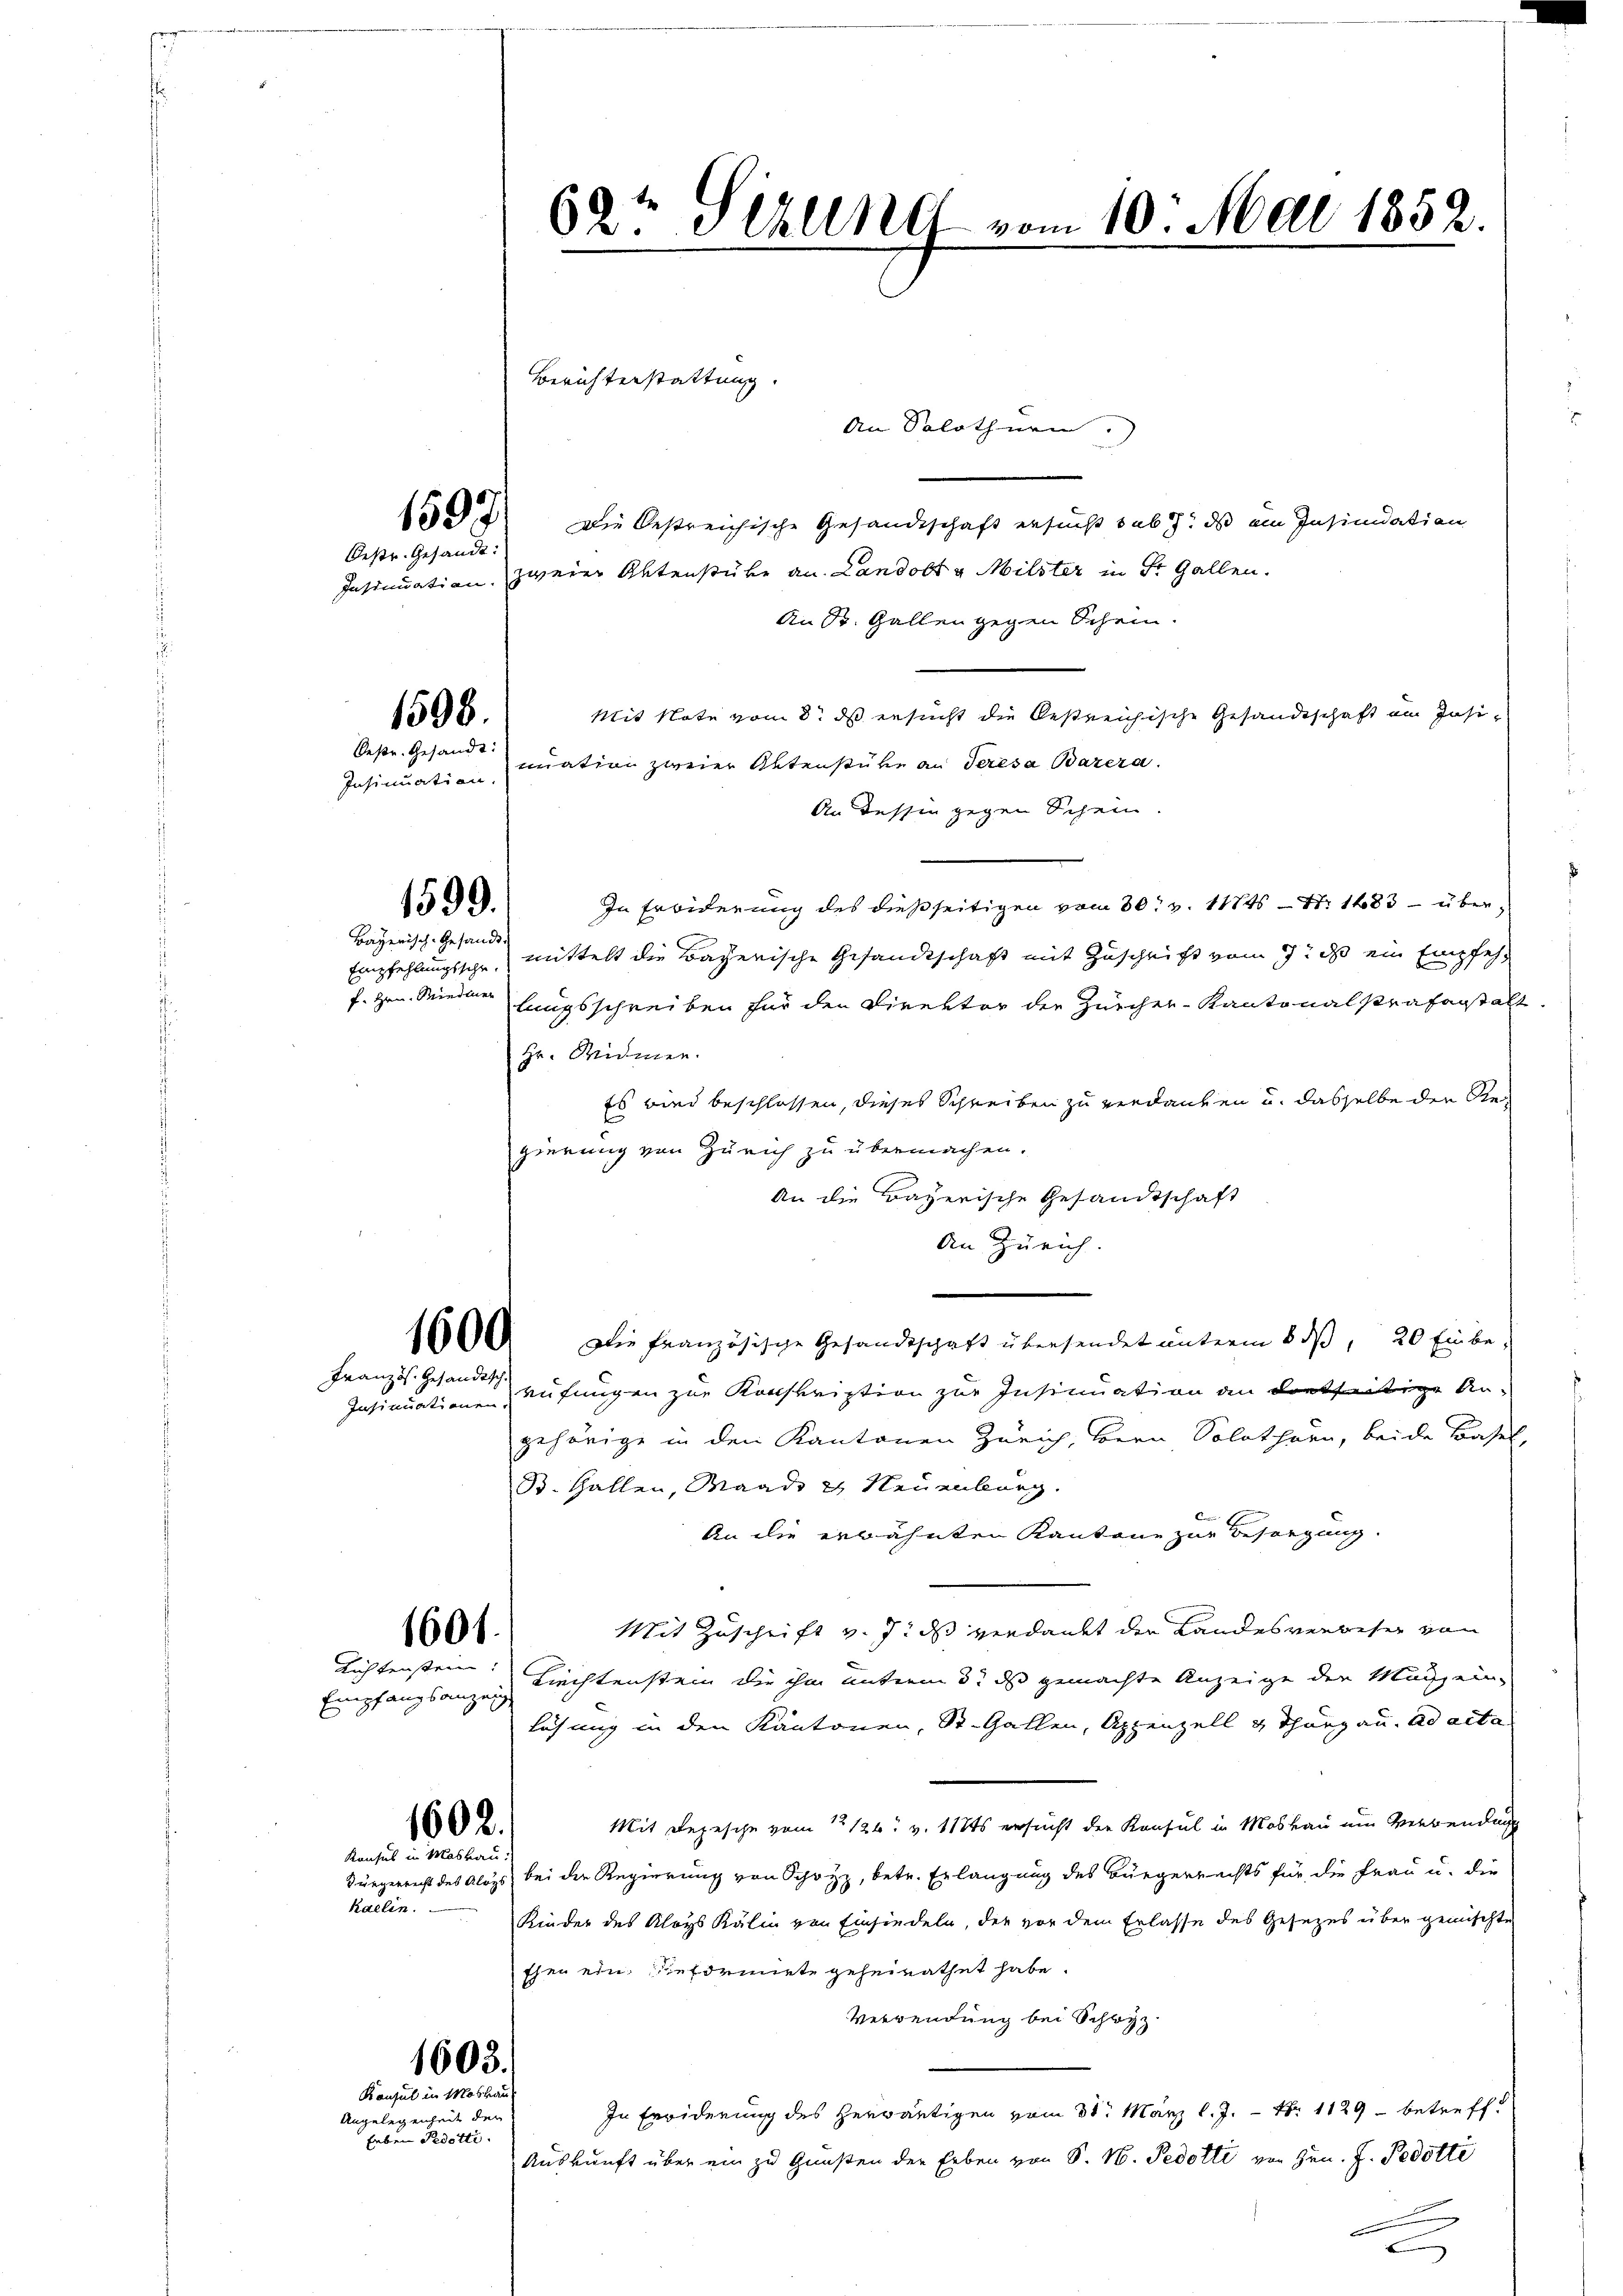
Oestr. Gesandt:

1595

1508.
Oestr. Gesandt:

Insinuation.

1599.
Bayerisch-Gesandt.

Französ. Gesandtsch

Richtenstein.
Empfangsanzeig
1602.
Konsul in Moskau
kaelin.

1601.

An Solothurn
Die bestreichische Gesandtschaft ersucht sub das ein Insinuation
Insinuation. Zweier Aktenstüke an Landolt & Milster in St. Gallen.
An St. Gallen gegen Schein.
Mit Note vom 8. ds ersucht die bestreichische Gesandtschaft ein Insinuation zweier Oltenstüke an Seresa Barera.
An Tessin gegen Schein
In Erwiderung des dießseitigen vom 30. v. 11745 - Nr 1483 - über-
Empfehlungsschr.) mittelt die Bayerische Gesandtschaft mit Zuschrift vom 7. ds ein Empfehf. zum Mieder langsschreiben für den Direktor der Zürcher-Kantonalstrafanstalt
Hr. Widmer.
Es wied beschlossen, dieses Schreiben zu verdanken u. dasselbe der Regierung von Zürich zu übermachen.
An die Bayerische Gesandtschaft
An Zürich.
1600. Die französische Gesandtschaft übersendet unterm 8. dβ, 20 Einbe¬
Insinuation rufungen zur Konskription zur Insinuation an dortseitige An-
gehörige in den Kantonen Zürich, bern Solothurn, beide Basel,
B. Hallen, Waadt & Neuenburg.
An die erwähnten Kantone zur Besorgung.
Mit Zuschrift v. J. ds verdankt der Landesverbeser von
Liechtenstein die ihm unterm 3. ds gemachte Anzeige der Machein-
lösung in den Kantonen, St. Gallen, Appenzell u Thurgau. ad acta
Mit Depesche vom 1. 126. v. 112 ersucht der Konsul in Moskau ein Verwendung
Bürgerrecht des Aloys bei der Regierung von Schwyz, betr. Erlangung des Bürgerrechts für die Frau u. die
Kinder des Kloys Kälin von Einsiedeln, der vor dem Erlasse des Gesezes über gemischte
Ehen ein geformiete geheirathet habe.
Verwendung bei Schwyz.
In Erwiderung des herwärtigen vom 31. März l. J. – Nr 1129 - betreff
Auskunft über ein zu Gunsten der Erben von S. M. Pedotti von Hrn. J. Pedotte

f

Angelegenheit der
haben Pedotti.

1603.
Konsul in Moskau

62t Sekung vom 10. Mai 1852.

Berichterstattung.